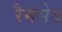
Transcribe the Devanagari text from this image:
रैमसेऽ